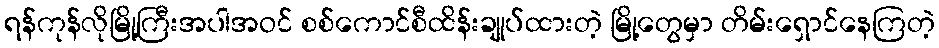
ရန်ကုန်လိုမြို့ကြီးအပါအဝင် စစ်ကောင်စီထိန်းချုပ်ထားတဲ့ မြို့တွေမှာ တိမ်းရှောင်နေကြတဲ့